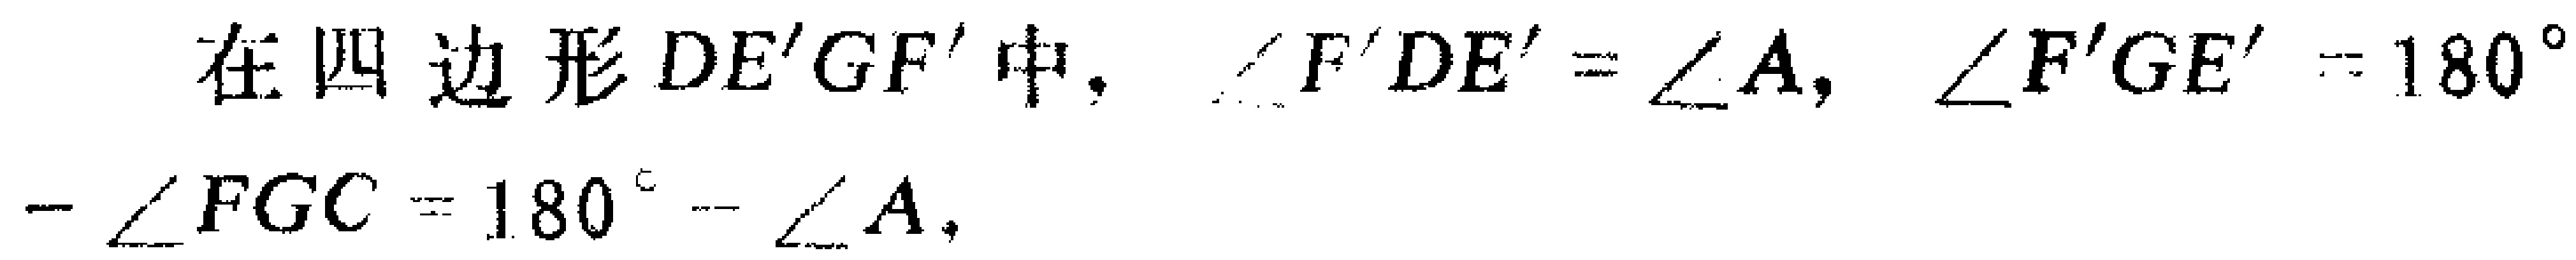
在四边形\(DE'GF'\)中，\(\angle F'DE' = \angle A\)，\(\angle F'GE' = 180^{\circ}-\angle FGC = 180^{\circ}-\angle A\)，